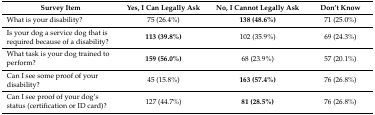
<table><thead><tr><td><b>Survey Item</b></td><td><b>Yes, I Can Legally Ask</b></td><td><b>No, I Cannot Legally Ask</b></td><td><b>Don’t Know</b></td></tr></thead><tbody><tr><td>What is your disability?</td><td>75 (26.4%)</td><td><b>138 (48.6%)</b></td><td>71 (25.0%)</td></tr><tr><td>Is your dog a service dog that is required because of a disability?</td><td><b>113 (39.8%)</b></td><td>102 (35.9%)</td><td>69 (24.3%)</td></tr><tr><td>What task is your dog trained to perform?</td><td><b>159 (56.0%)</b></td><td>68 (23.9%)</td><td>57 (20.1%)</td></tr><tr><td>Can I see some proof of your disability?</td><td>45 (15.8%)</td><td><b>163 (57.4%)</b></td><td>76 (26.8%)</td></tr><tr><td>Can I see proof of your dog’s status (certification or ID card)?</td><td>127 (44.7%)</td><td><b>81 (28.5%)</b></td><td>76 (26.8%)</td></tr></tbody></table>